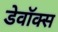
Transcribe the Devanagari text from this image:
डेवॉक्स